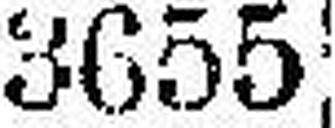
3655